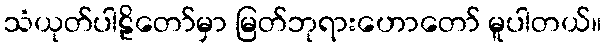
သံယုတ်ပါဠိတော်မှာ မြတ်ဘုရားဟောတော် မူပါတယ်။